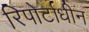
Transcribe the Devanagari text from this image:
रिपोर्टाधीन